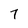
Character: 7